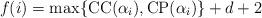
LaTeX: \begin{align*}f(i)=\max\{\mathrm{CC}(\alpha_i), \mathrm{CP}(\alpha_i)\}+d+2\end{align*}